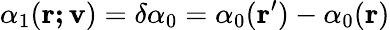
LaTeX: \alpha_{1}(\mathbf{r;v})=\delta\alpha_{0}=\alpha_{0}({\mathbf r^{\prime}})-\alpha_{0}({\mathbf r})